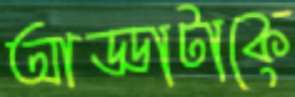
আড্ডাটাকে